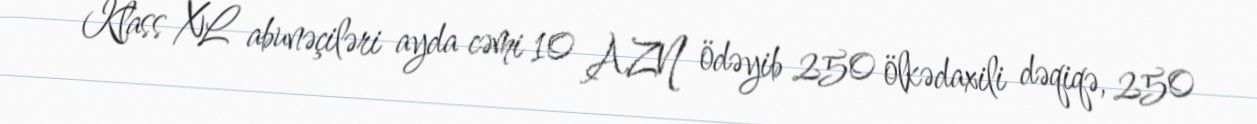
Klass XL abunəçiləri ayda cəmi 10 AZN ödəyib 250 ölkədaxili dəqiqə, 250